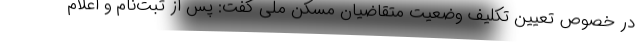
در خصوص تعیین تکلیف وضعیت متقاضیان مسکن ملی گفت: پس از ثبت‌نام و اعلام